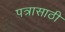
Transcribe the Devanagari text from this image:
पत्रासाठी